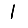
Digit: 1